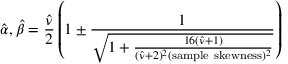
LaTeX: { \hat { \alpha } } , { \hat { \beta } } = { \frac { \hat { \nu } } { 2 } } \left( 1 \pm { \frac { 1 } { \sqrt { 1 + { \frac { 1 6 ( { \hat { \nu } } + 1 ) } { ( { \hat { \nu } } + 2 ) ^ { 2 } ( { \mathrm { s a m p l e ~ s k e w n e s s } } ) ^ { 2 } } } } } } \right)